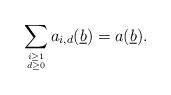
LaTeX: \begin{align*}\sum_{i \geq 1 \atop {d \geq 0}}a_{i,d}(\underline{b}) = a(\underline{b}).\end{align*}